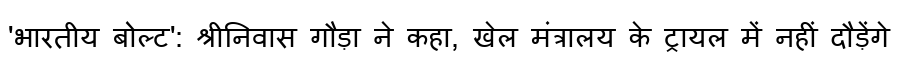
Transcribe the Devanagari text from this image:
'भारतीय बोल्ट': श्रीनिवास गौड़ा ने कहा, खेल मंत्रालय के ट्रायल में नहीं दौड़ेंगे